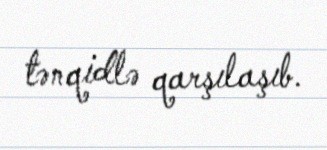
tənqidlə qarşılaşıb.